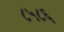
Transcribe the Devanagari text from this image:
८५८६